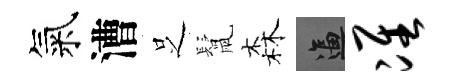
氣漕𠯁鬛森逼准